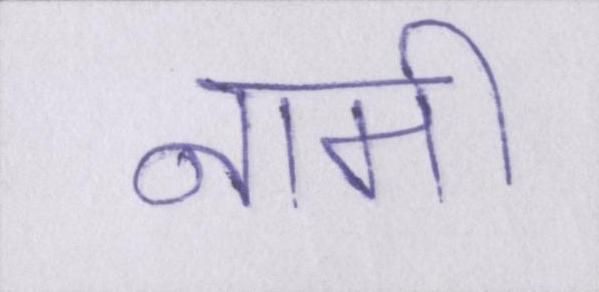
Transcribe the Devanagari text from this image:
नामी